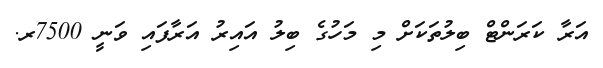
އަރާ ކަރަންޓް ބިލުތަކަށް މި މަހުގެ ބިލު އައިރު އަރާފައި ވަނީ 7500ރ.